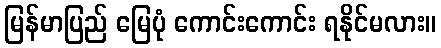
မြန်မာပြည် မြေပုံ ကောင်းကောင်း ရနိုင်မလား။